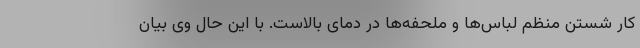
کار شستن منظم لباس‌ها و ملحفه‌ها در دمای بالاست. با این حال وی بیان